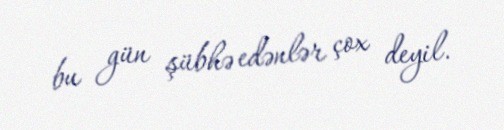
bu gün şübhə edənlər çox deyil.